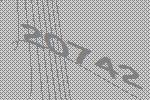
20742